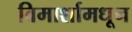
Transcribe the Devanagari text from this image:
विमार्शामधून